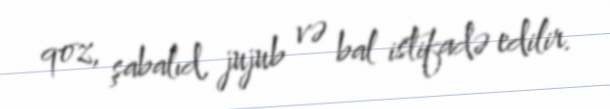
qoz, şabalıd, jujub və bal istifadə edilir.